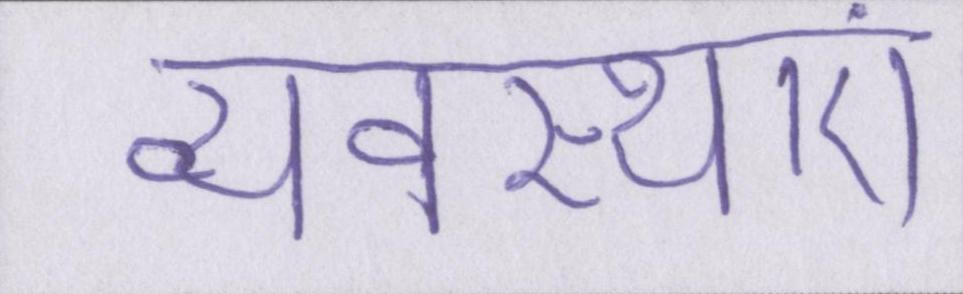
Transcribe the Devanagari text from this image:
व्यवस्थाएं